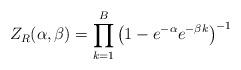
LaTeX: \begin{align*}Z_R(\alpha, \beta) = \prod_{k=1}^{B} \left( 1-e^{-\alpha}e^{-\beta k} \right )^{-1}\end{align*}